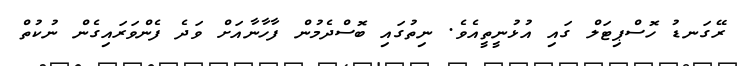
ރޭގަނޑު ހޮސްޕިޓަލް ގައި އުޅުނީތީއެވެ. ނިތުގައި ބޮސްދެމުން ފާހާނާއަށް ވަދެ ފެންވަރައިގެން ނުކުތް